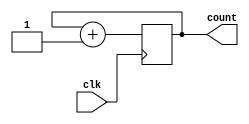
module Counter2Bit_s(count, clk);

    input clk; 

    output reg [1:0] count; 

    always @(posedge clk ) begin
        count = count + 1;  
    end

endmodule